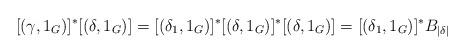
LaTeX: \begin{align*}[(\gamma, 1_G)]^*[(\delta, 1_G)] = [(\delta_1, 1_G)]^*[(\delta, 1_G)]^*[(\delta, 1_G)] = [(\delta_1, 1_G)]^*B_{|\delta|}\end{align*}